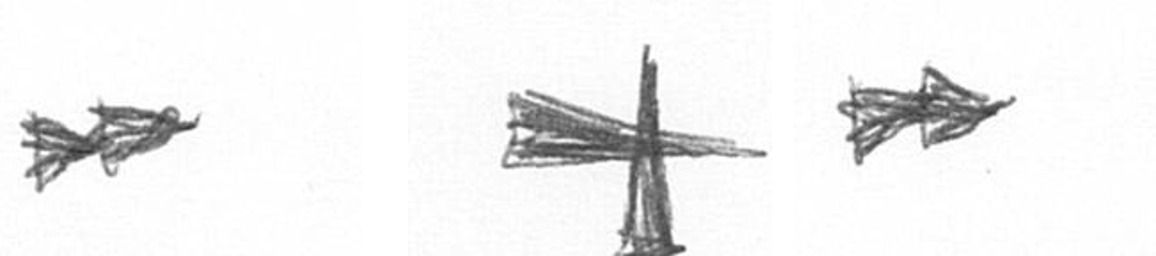
A G A